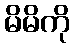
မိမိကို